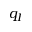
q _ { I }